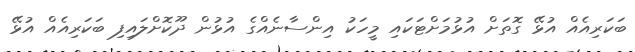
ބަކަރިއެއް އުޅޭ ގޮތަށް އުޅުމަށްޓަކައި މީހަކު އިންސާނެއްގެ އުޅުން ދޫކޮށްލައިފި ބަކަރިއެއް އުޅޭ